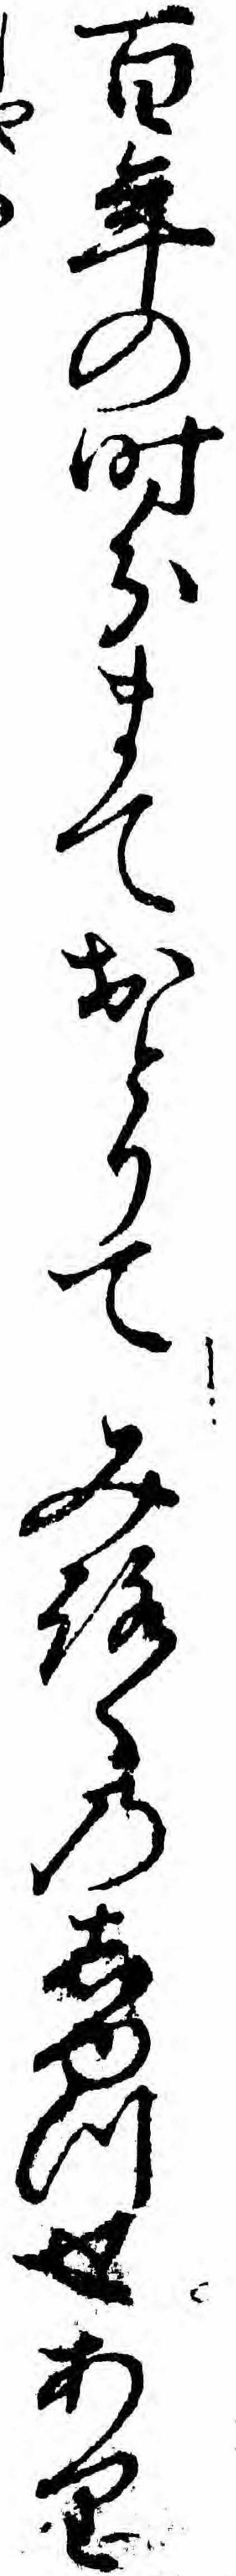
百年の時分まておとりてみろくのしゆつせあり